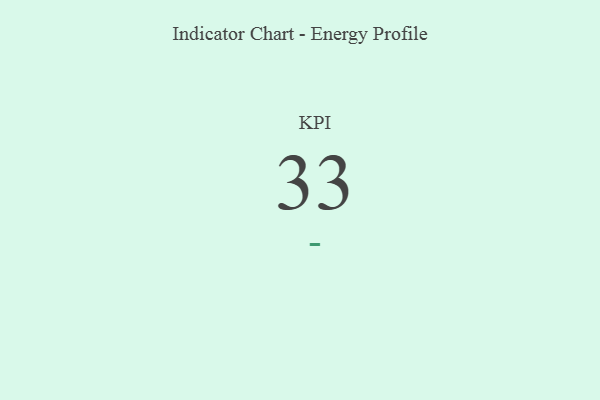
{"axis": {"x": "KPI", "y": "Value"}, "legend": [""], "data": [{"x": "KPI", "y": 33, "type": ""}]}